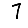
Digit: 7